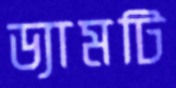
ড্যামটি